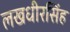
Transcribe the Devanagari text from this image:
लखधीरसिंह